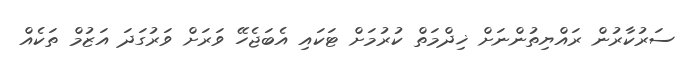
ސަރުކާރުން ރައްޔިތުންނަށް ޚިދްމަތް ކުރުމަށް ޓަކައި އެބަޖެހޭ ވަރަށް ވަރުގަދަ އަޒުމް ތަކެއް